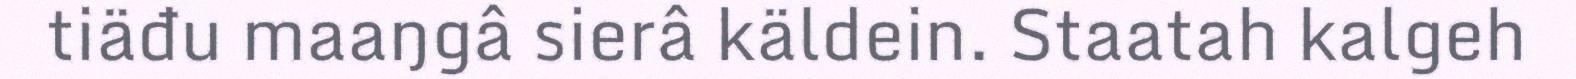
tiäđu maaŋgâ sierâ käldein. Staatah kalgeh